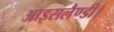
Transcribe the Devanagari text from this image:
आइसलैण्डी।